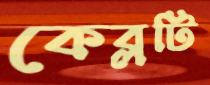
কেব্লটি